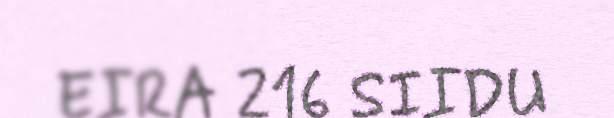
EIRA 216 SIIDU